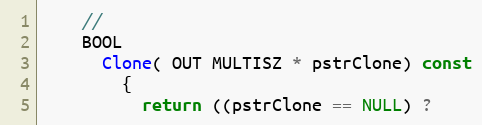
Language: C
    //
    BOOL
      Clone( OUT MULTISZ * pstrClone) const
        {
          return ((pstrClone == NULL) ?